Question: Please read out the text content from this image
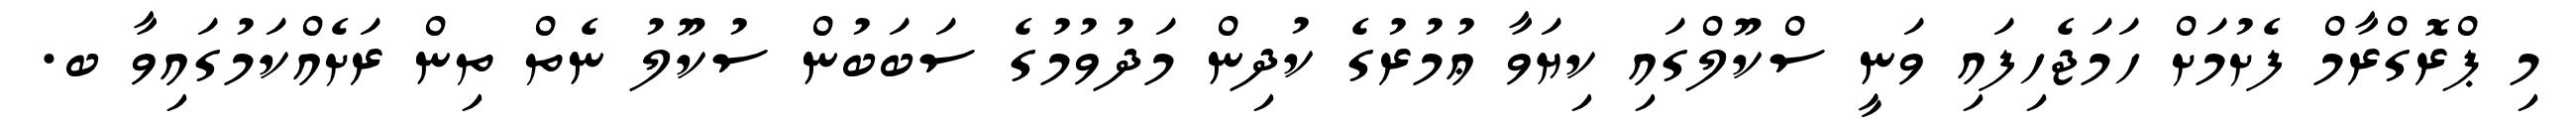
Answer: މި ޕްރޮގްރާމް ފެށުމަށް ހަމަޖެހިފައި ވަނީ ސްކޫލްގައި ކިޔަވާ ޢުމުރުގެ ކުދިން މަދުވުމުގެ ސަބަބުން ސުކޫލު ނެތް ތިން ރަށެއްކަމުގައިވާ ބ.